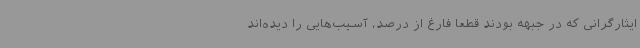
ایثارگرانی که در جبهه بودند قطعا فارغ از درصد، آسیب‌هایی را دیده‌اند